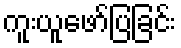
ကူးယူဖော်ပြခြင်း